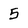
Character: 5